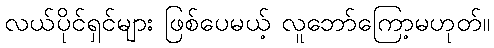
လယ်ပိုင်ရှင်များ ဖြစ်ပေမယ့် လူဘော်ကြော့မဟုတ်။